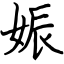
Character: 娠